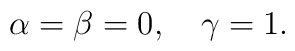
\alpha=\beta=0,\quad\gamma=1.